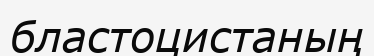
бластоцистаның